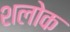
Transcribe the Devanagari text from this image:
शलोक